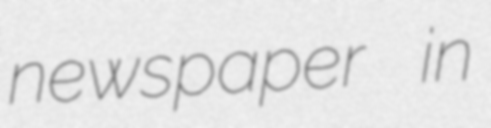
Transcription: newspaper in